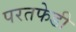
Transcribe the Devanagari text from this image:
परतफेडी